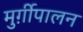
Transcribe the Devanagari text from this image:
मुर्ग़ीपालन